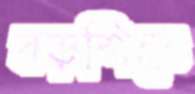
বড়শিতে